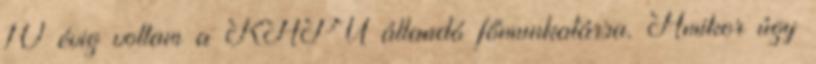
10 évig voltam a KAPU állandó főmunkatársa. Amikor úgy